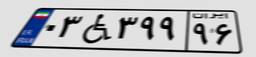
۰۳W۳۹۹۹۶